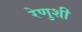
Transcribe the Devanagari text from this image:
रेणुशी